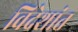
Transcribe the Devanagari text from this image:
विदेशांत